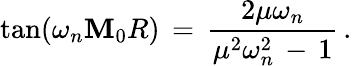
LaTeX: \tan(\omega_{n}\mathbf{M}_{0}R)\, =\, \frac{{2\mu\omega_{n}}}{{\mu^{2}\omega_{n}^{2}\, -\, 1}}\, {.}